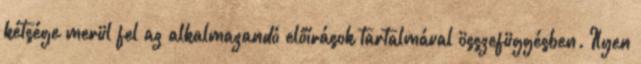
kétsége merül fel az alkalmazandó előírások tartalmával összefüggésben. Ilyen